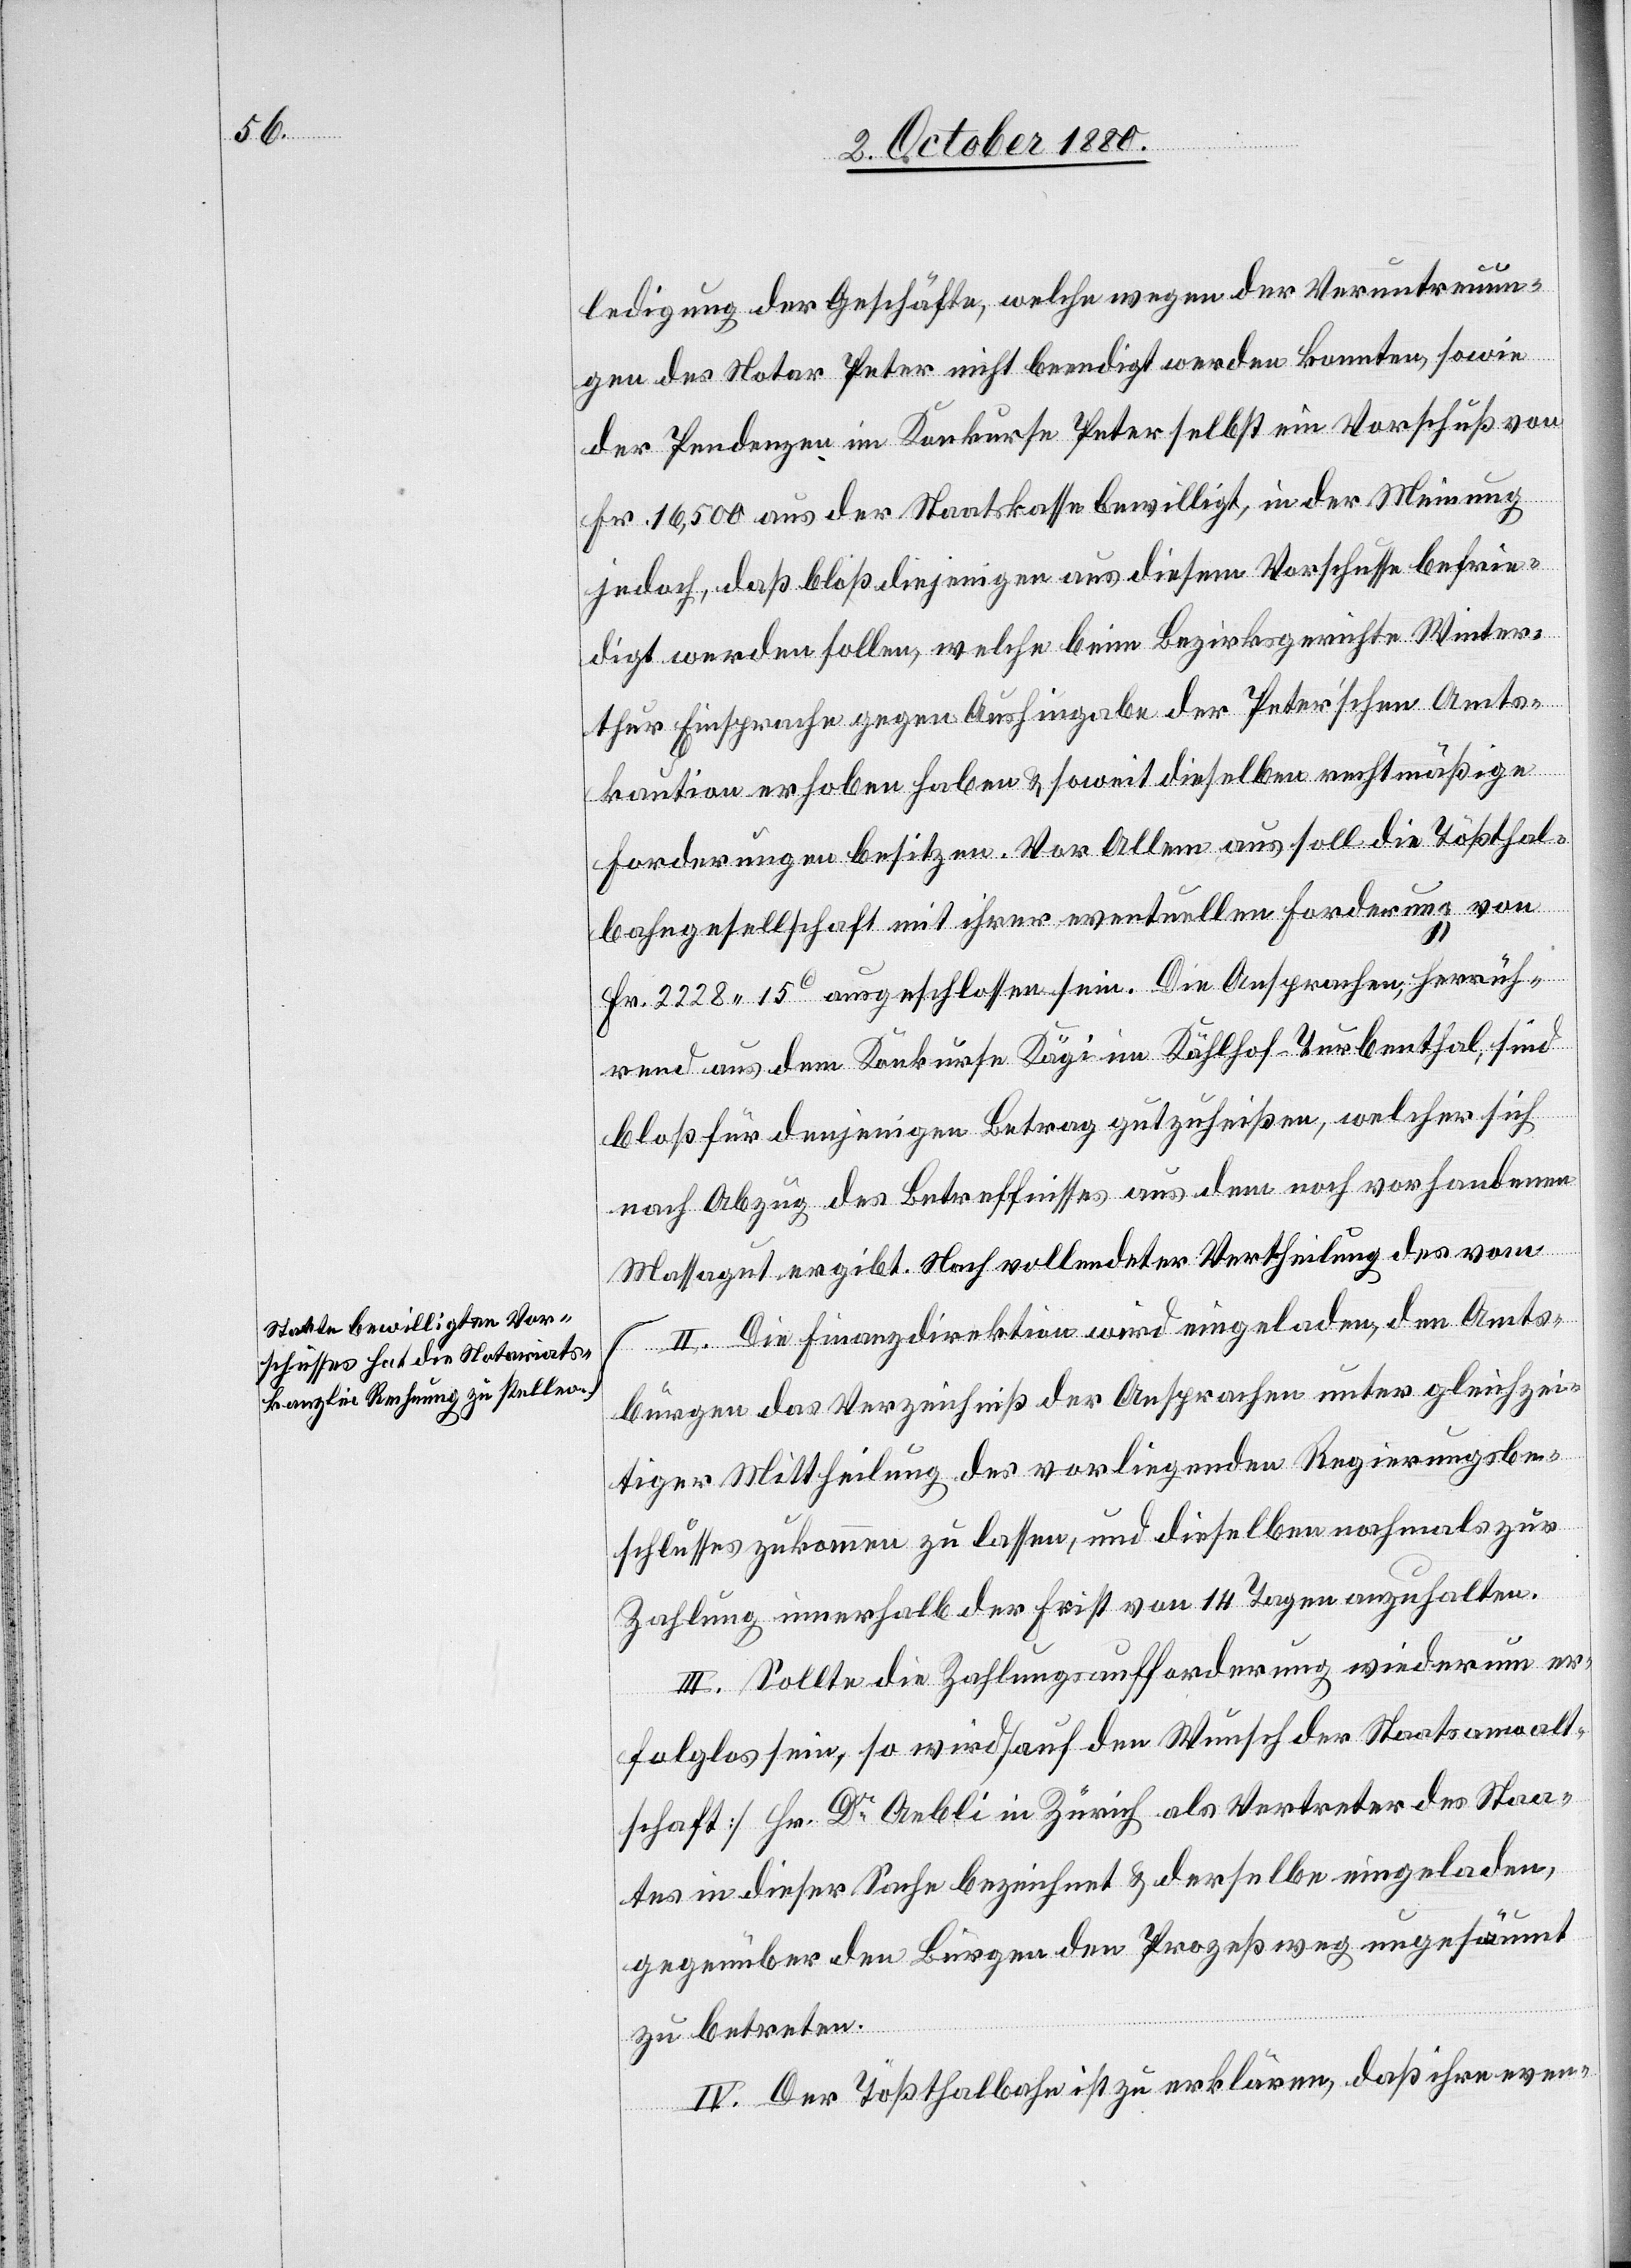
a-Staate bewilligten Vor¬
schusses hat die Notariats¬
kanzlei Rechnung zu stellen.-a

ledigung der Geschäfte, welche wegen der Veruntreuun¬
gen des Notar Peter nicht beendigt werden konnten, sowie
der Pendenzen im Konkurse Peter selbst ein Vorschuß von
Fr. 16,500 aus der Staatskasse bewilligt, in der Meinung
jedoch, daß bloß diejenigen aus diesem Vorschusse befrie¬
digt werden sollen, welche beim Bezirksgerichte Winter¬
thur Einsprache gegen Aushingabe der Peter’schen Amts¬
kaution erhoben haben & soweit dieselben rechtmäßige
Forderungen besitzen. Vor Allem aus soll die Tößthal¬
bahngesellschaft mit ihrer eventuellen Forderung von
Fr. 2228 15 ausgeschlossen sein. Die Ansprachen, herrüh¬
rend aus dem Konkurse Kägi im Kählhof - Turbenthal, sind
bloß für denjenigen Betrag gutzuheißen, welcher sich
nach Abzug des Betreffnisses aus dem noch vorhandenen
Massagut ergibt. Nach vollendeter Vertheilung des vom
II. Die Finanzdirektion wird eingeladen, den Amts¬
bürgen das Verzeichniß der Ansprachen unter gleichzei¬
tiger Mittheilung des vorliegenden Regierungsbe¬
schlusses zukommen zu lassen, und dieselben nochmals zur
Zahlung innerhalb der Frist von 14 Tagen anzuhalten.
III. Sollte die Zahlungsaufforderung wiederum er¬
folglos sein, so wird [auf den Wunsch der Staatsanwalt¬
schaft] Hr. Dr Aebli in Zürich als Vertreter des Staa¬
tes in dieser Sache bezeichnet & derselbe eingeladen,
gegenüber den Bürgen den Prozeßweg ungesäumt
zu betreten.
IV. Der Tößthalbahn ist zu erklären, daß ihre even-